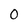
Character: 0